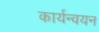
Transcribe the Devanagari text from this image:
कार्यन्वयन